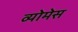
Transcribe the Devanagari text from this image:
व्योमेस